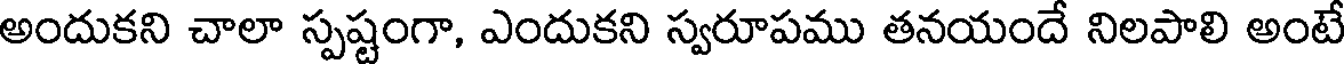
అందుకని చాలా స్పష్టంగా, ఎందుకని స్వరూపము తనయందే నిలపాలి అంటే